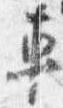
車